Report on plague in the Punjab from October 1st ... to September 30th ..., being the ... season of plague in the province
Disease focus: Plague
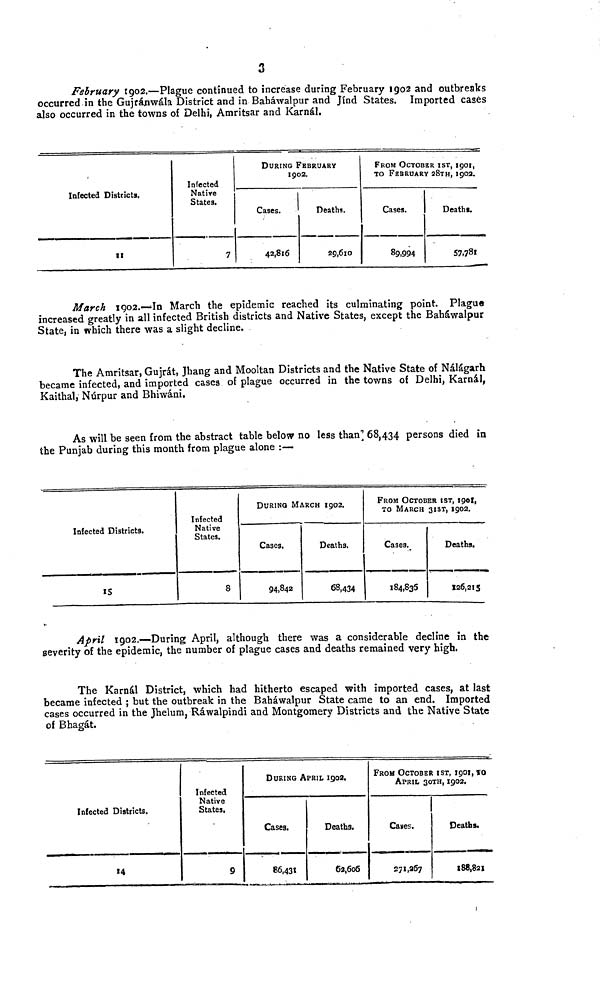
3
February 1902.—Plague continued to increase during February 1902 and outbreaks
occurred in the Gujranwala District and in Bahawalpur and Jind States. Imported cases
also occurred in the towns of Delhi, Amritsar and Karnal.
Infected Districts,
11
Infected
Native
States.
7
DURING FEBRUARY
1902.
Cases.
42,816
Deaths.
29,610
FROM OCTOBER IST, 1901,
TO FEBRUARY 28TH, 1902.
Cases.
89,994
Deaths.
57,781
March 1902.—In March the epidemic reached its culminating point. Plague
increased greatly in all infected British districts and Native States, except the Bahawalpur
State, in which there was a slight decline.
The Amritsar, Gujrat, Jhang and Mooltan Districts and the Native State of Nalagarh
became infected, and imported cases of plague occurred in the towns of Delhi, Kamal,
Kaithal, Nurpur and Bhiwani.
As will be seen from the abstract table below no less than 68,434 persons died in
the Punjab during this month from plague alone :—
Infected Districts.
15
Infected
Native
States.
8
DURING MARCH 1902.
Cases,
94,842
Deaths.
68,434
FROM OCTOBER 1ST, 1901,
TO MARCH 31ST, 1902.
Cases._
184,836
Deaths.
126,215
April 1902.—During April, although there was a considerable decline in the
severity of the epidemic, the number of plague cases and deaths remained very high.
The Karnal District, which had hitherto escaped with imported cases, at last
became infected ; but the outbreak in the Bahawalpur State came to an end. Imported
cases occurred in the Jhelum, Rawalpindi and Montgomery Districts and the Native State
of Bhagat.
Infected Districts.
14
Infected
Native
States.
9
DURING APRIL 1902.
Cases.
86,431
Deaths.
62,606
FROM OCTOBER 1ST, 1901, to
APRIL 30TH, 1902.
Cases.
271,267
Deaths.
188,821